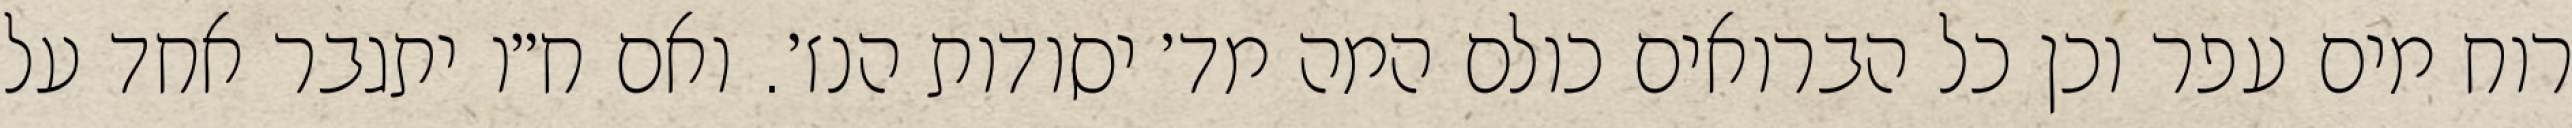
רוח מים עפר וכן כל הברואים כולם המה מד׳ יסודות הנז׳. ואם ח״ו יתגבר אחד על